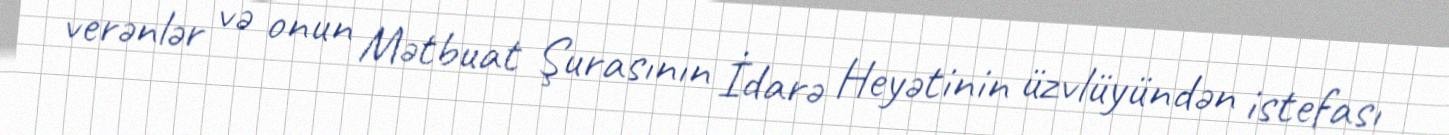
verənlər və onun Mətbuat Şurasının İdarə Heyətinin üzvlüyündən istefası